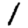
Digit: 1